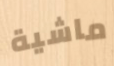
ماشية